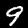
Label: 9